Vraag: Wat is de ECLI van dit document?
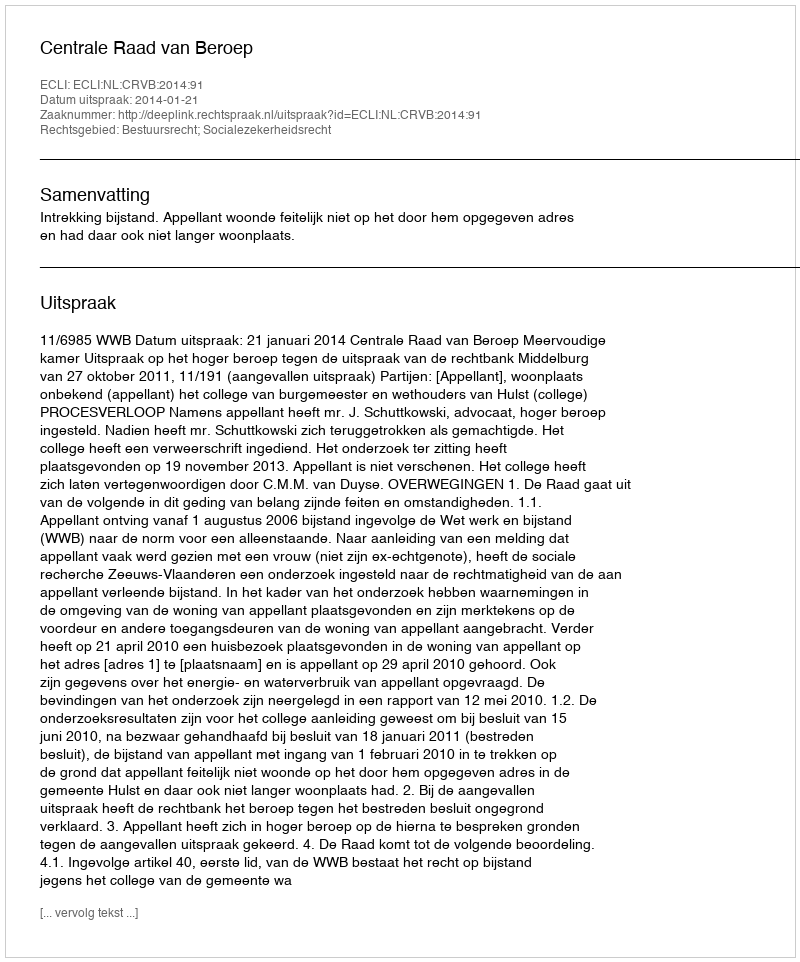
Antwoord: ECLI:NL:CRVB:2014:91